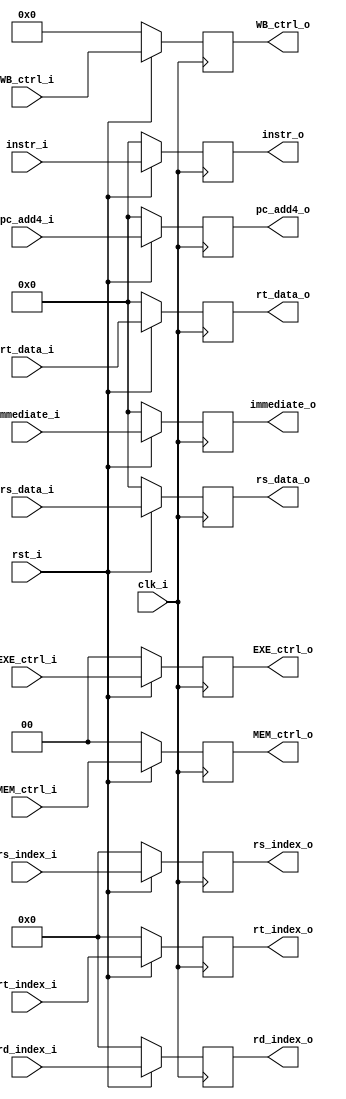
`timescale 1ns/1ps

module IDEXE_register(
    input clk_i,
    input rst_i,
    input [31:0] instr_i, 
    input [1:0] EXE_ctrl_i, // 2 bit ALU op 
    input [1:0] MEM_ctrl_i, // MemRead & MemWrite
    input [3:0] WB_ctrl_i, // MemtoReg[1:0] & RegWrite & Jump (for jal && jalr) ? 
    input [31:0] rs_data_i,
    input [31:0] rt_data_i,
    input [31:0] pc_add4_i,
    input [31:0] immediate_i,
    input [4:0] rs_index_i,
    input [4:0] rt_index_i,
    input [4:0] rd_index_i,

    output reg [31:0] instr_o, 
    output reg [1:0] EXE_ctrl_o,
    output reg [1:0] MEM_ctrl_o,
    output reg [3:0] WB_ctrl_o, 
    output reg [31:0] rs_data_o,
    output reg [31:0] rt_data_o,
    output reg [31:0] pc_add4_o,
    output reg [31:0] immediate_o,
    output reg [4:0] rs_index_o,
    output reg [4:0] rt_index_o,
    output reg [4:0] rd_index_o
);

    always@(posedge clk_i)begin
        if(~rst_i)begin
            instr_o <= 32'd0 ; 
            EXE_ctrl_o <= 2'd0 ; 
            MEM_ctrl_o <= 2'd0 ; 
            WB_ctrl_o <= 4'd0 ; 
            rs_data_o <= 32'd0 ; 
            rt_data_o <= 32'd0 ; 
            pc_add4_o <= 32'd0 ; 
            immediate_o <= 32'd0 ; 
            rs_index_o <= 5'd0 ; 
            rt_index_o <= 5'd0 ; 
            rd_index_o <= 5'd0 ; 
        end
        else begin
            instr_o <= instr_i ; 
            EXE_ctrl_o <= EXE_ctrl_i ; 
            MEM_ctrl_o <= MEM_ctrl_i ; 
            WB_ctrl_o <= WB_ctrl_i ; 
            rs_data_o <= rs_data_i ; 
            rt_data_o <= rt_data_i ; 
            pc_add4_o <= pc_add4_i ; 
            immediate_o <= immediate_i ; 
            rs_index_o <= rs_index_i ; 
            rt_index_o <= rt_index_i ; 
            rd_index_o <= rd_index_i ;
        end
    end

endmodule